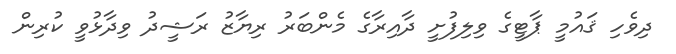
ދިވެހި ޤައުމީ ޕާޓީގެ ވިލިފުށީ ދާއިރާގެ މެންބަރު ރިޔާޒު ރަޝީދު ވިދާޅުވީ ކުރިން